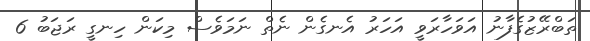
ތަބްރޭޒުގެފާނު އަވަހާރަވީ އަހަރު އެނގެން ނެތް ނަމަވެސް މިކަން ހިނގީ ރަޖަބު 6